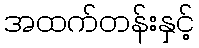
အထက်တန်းနှင့်